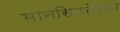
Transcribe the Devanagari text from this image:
मानसिकतेमध्ये